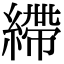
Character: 𦄂